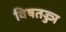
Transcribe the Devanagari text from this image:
विषतज्ज्ञ